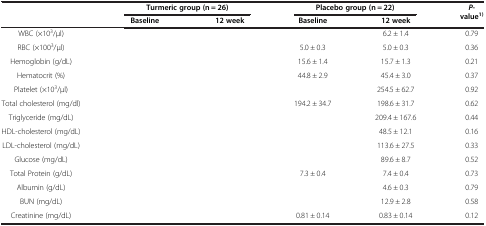
<table><thead><tr><td rowspan="2">[EMPTY_CELL]</td><td colspan="2"><b>Turmeric group (n = 26)</b></td><td colspan="2"><b>Placebo group (n = 22)</b></td><td rowspan="2"><b><i>P</i>-value<sup>1)</sup></b></td></tr><tr><td><b>Baseline</b></td><td><b>12 week</b></td><td><b>Baseline</b></td><td><b>12 week</b></td></tr></thead><tbody><tr><td>WBC (×10<sup>3</sup>/μl)</td><td>[EMPTY_CELL]</td><td>[EMPTY_CELL]</td><td>[EMPTY_CELL]</td><td>6.2 ± 1.4</td><td>0.79</td></tr><tr><td>RBC (×100<sup>3</sup>/μl)</td><td>[EMPTY_CELL]</td><td>[EMPTY_CELL]</td><td>5.0 ± 0.3</td><td>5.0 ± 0.3</td><td>0.36</td></tr><tr><td>Hemoglobin (g/dL)</td><td>[EMPTY_CELL]</td><td>[EMPTY_CELL]</td><td>15.6 ± 1.4</td><td>15.7 ± 1.3</td><td>0.21</td></tr><tr><td>Hematocrit (%)</td><td>[EMPTY_CELL]</td><td>[EMPTY_CELL]</td><td>44.8 ± 2.9</td><td>45.4 ± 3.0</td><td>0.37</td></tr><tr><td>Platelet (×10<sup>3</sup>/μl)</td><td>[EMPTY_CELL]</td><td>[EMPTY_CELL]</td><td>[EMPTY_CELL]</td><td>254.5 ± 62.7</td><td>0.92</td></tr><tr><td>Total cholesterol (mg/dl)</td><td>[EMPTY_CELL]</td><td>[EMPTY_CELL]</td><td>194.2 ± 34.7</td><td>198.6 ± 31.7</td><td>0.62</td></tr><tr><td>Triglyceride (mg/dL)</td><td>[EMPTY_CELL]</td><td>[EMPTY_CELL]</td><td>[EMPTY_CELL]</td><td>209.4 ± 167.6</td><td>0.44</td></tr><tr><td>HDL-cholesterol (mg/dL)</td><td>[EMPTY_CELL]</td><td>[EMPTY_CELL]</td><td>[EMPTY_CELL]</td><td>48.5 ± 12.1</td><td>0.16</td></tr><tr><td>LDL-cholesterol (mg/dL)</td><td>[EMPTY_CELL]</td><td>[EMPTY_CELL]</td><td>[EMPTY_CELL]</td><td>113.6 ± 27.5</td><td>0.33</td></tr><tr><td>Glucose (mg/dL)</td><td>[EMPTY_CELL]</td><td>[EMPTY_CELL]</td><td>[EMPTY_CELL]</td><td>89.6 ± 8.7</td><td>0.52</td></tr><tr><td>Total Protein (g/dL)</td><td>[EMPTY_CELL]</td><td>[EMPTY_CELL]</td><td>7.3 ± 0.4</td><td>7.4 ± 0.4</td><td>0.73</td></tr><tr><td>Albumin (g/dL)</td><td>[EMPTY_CELL]</td><td>[EMPTY_CELL]</td><td>[EMPTY_CELL]</td><td>4.6 ± 0.3</td><td>0.79</td></tr><tr><td>BUN (mg/dL)</td><td>[EMPTY_CELL]</td><td>[EMPTY_CELL]</td><td>[EMPTY_CELL]</td><td>12.9 ± 2.8</td><td>0.58</td></tr><tr><td>Creatinine (mg/dL)</td><td>[EMPTY_CELL]</td><td>[EMPTY_CELL]</td><td>0.81 ± 0.14</td><td>0.83 ± 0.14</td><td>0.12</td></tr></tbody></table>